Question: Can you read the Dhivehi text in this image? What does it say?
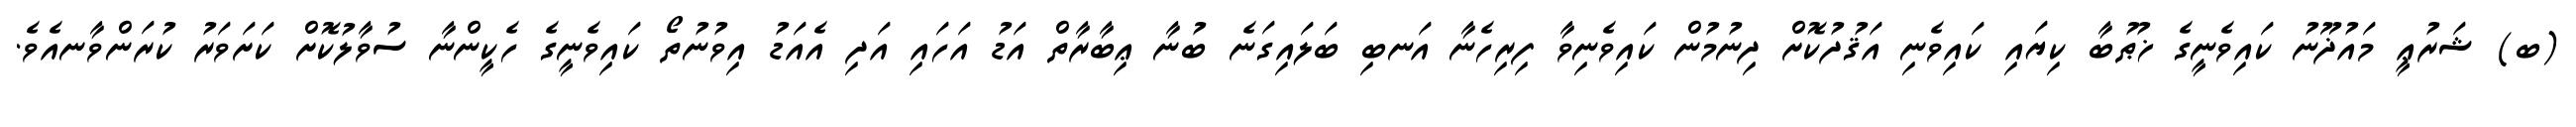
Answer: (ބ) ޝަރުޢީ މައުޛޫނު ކައިވެނީގެ ޚުޠުބާ ކިޔައި ކައިވެނި އަޤުދުކޮށް ދިނުމުން ކައިވެނިވާ ފިރިހެނާ އަނބި ބަލައިގަނެ ބުނާ ޢިބާރާތް އަޑު އަހައި އަދި އެއަޑު އިވުނުތޯ ކައިވެނީގެ ހެކީންނާ ސުވާލުކޮށް ކަށަވަރު ކުރަންވާނއެވެ.